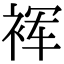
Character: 裈